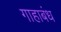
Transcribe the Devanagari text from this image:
गाहाबंध